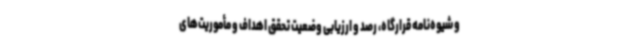
و شیوه‌نامه قرارگاه، رصد و ارزیابی وضعیت تحقق اهداف و مأموریت‌های